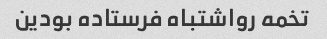
تخمه رواشتباه فرستاده بودین